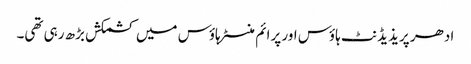
ادھر پریذیڈنٹ ہاؤس اور پرائم منسٹر ہاؤس میں کشمکش بڑھ رہی تھی۔